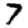
Digit: 7